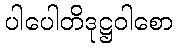
ပါပေါတိဒုဋ္ဌဝါစော